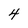
Character: 4